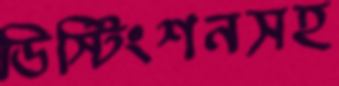
ডিস্টিংশনসহ